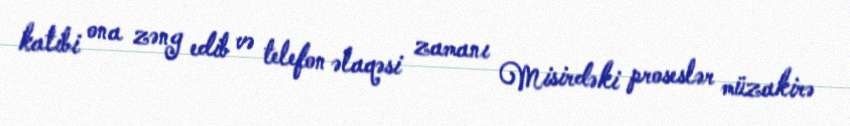
katibi ona zəng edib və telefon əlaqəsi zamanı Misirdəki proseslər müzakirə